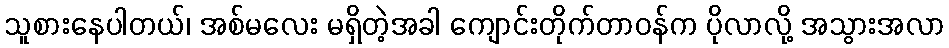
သူစားနေပါတယ်၊ အစ်မလေး မရှိတဲ့အခါ ကျောင်းတိုက်တာဝန်က ပိုလာလို့ အသွားအလာ